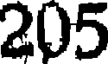
205